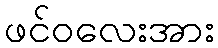
ဖင်ဝလေးအား